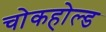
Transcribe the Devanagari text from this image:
चोकहोल्ड